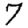
Digit: 7